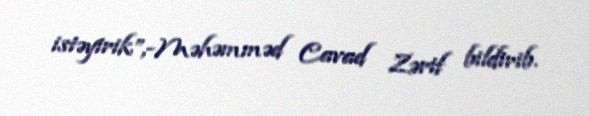
istəyirik”,-Məhəmməd Cavad Zərif bildirib.